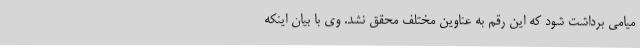
میامی برداشت شود که این رقم به عناوین مختلف محقق نشد. وی با بیان اینکه